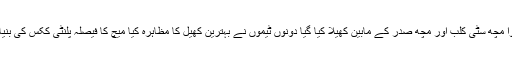
مقابلوں کا آغاز فٹ بال میچ سے ہوا مچھ سٹی کلب اور مچھ صدر کے مابین کھیلا کیا گیا دونوں ٹیموں نے بہترین کھیل کا مظاہرہ کیا میچ کا فیصلہ پلنٹی ککس کی بنیاد پر ہوا جو مچھ سٹی نے جیت لیا۔